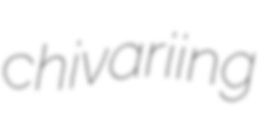
chivariing